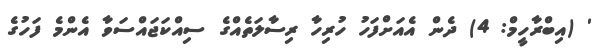
' (އިބްރާހީމް: 4) ދެން އެއަށްފަހު ހުރިހާ ރިސާލަތެއްގެ ސިއްކަޖައްސަވާ އެންމެ ފަހުގެ